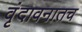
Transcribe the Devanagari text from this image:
वृंदावनातच